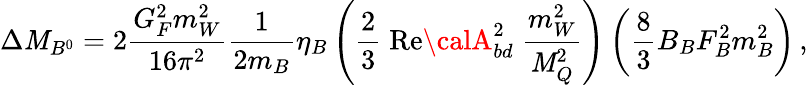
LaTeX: \Delta\mathit{M}_{B^{0}}=2\frac{{G_{F}^{2}m_{W}^{2}}}{{16\pi^{2}}}\frac{{1}}{{2m_{B}}}\eta_{B}\left(\frac{{2}}{{3}}\; \mathrm{{Re}}{\calA}_{bd}^{2}\; \frac{{m_{W}^{2}}}{{\mathit{M}_{Q}^{2}}}\right)\left(\frac{{8}}{{3}}B_{B}F_{B}^{2}m_{B}^{2}\right)\, ,